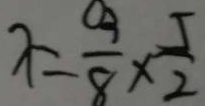
x = \frac { 3 } { 8 } \times \frac { 5 } { 2 }